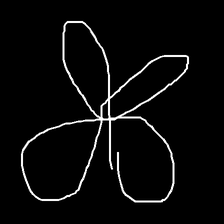
Glyph: billowing